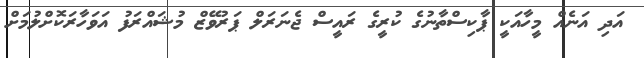
އަދި އަނެއް މީހާއަކީ ޕާކިސްތާނުގެ ކުރީގެ ރައީސް ޖެނަރަލް ޕަރުވޭޒް މުޝައްރަފު އަވަހާރަކޮށްލުމަށް